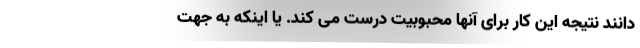
دانند نتیجه این کار برای آنها محبوبیت درست می کند. یا اینکه به جهت